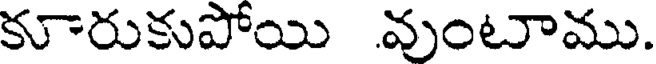
కూరుకుపోయి వుంటాము.